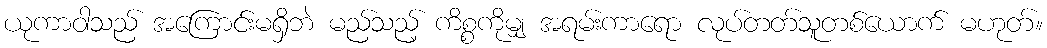
ယုကာဝါသည် အကြောင်းမရှိဘဲ မည်သည့် ကိစ္စကိုမျှ အရမ်းကာရော လုပ်တတ်သူတစ်ယောက် မဟုတ်။